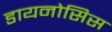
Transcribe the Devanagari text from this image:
डायनोसिस